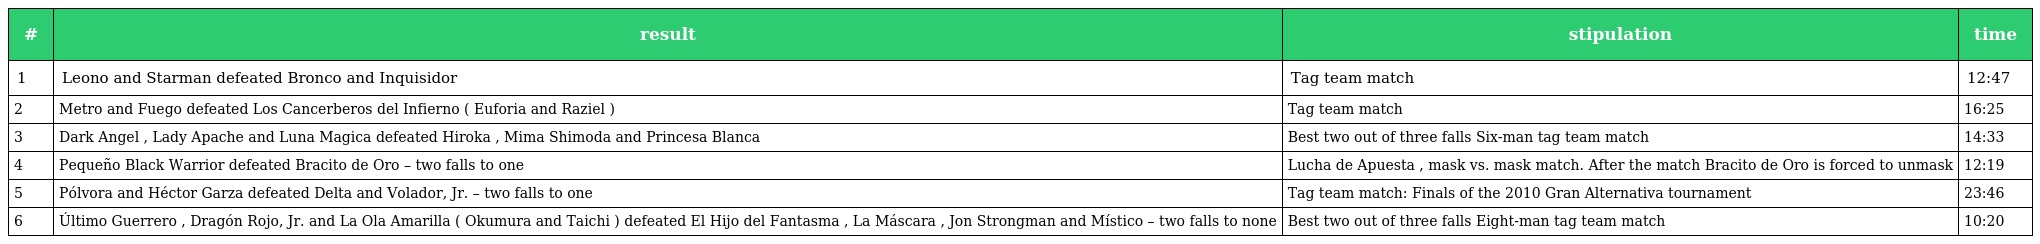
| # | result | stipulation | time |
 | --- | --- | --- | --- |
 | 1 | Leono and Starman defeated Bronco and Inquisidor | Tag team match | 12:47 |
 | 2 | Metro and Fuego defeated Los Cancerberos del Infierno ( Euforia and Raziel ) | Tag team match | 16:25 |
 | 3 | Dark Angel , Lady Apache and Luna Magica defeated Hiroka , Mima Shimoda and Princesa Blanca | Best two out of three falls Six-man tag team match | 14:33 |
 | 4 | Pequeño Black Warrior defeated Bracito de Oro – two falls to one | Lucha de Apuesta , mask vs. mask match. After the match Bracito de Oro is forced to unmask | 12:19 |
 | 5 | Pólvora and Héctor Garza defeated Delta and Volador, Jr. – two falls to one | Tag team match: Finals of the 2010 Gran Alternativa tournament | 23:46 |
 | 6 | Último Guerrero , Dragón Rojo, Jr. and La Ola Amarilla ( Okumura and Taichi ) defeated El Hijo del Fantasma , La Máscara , Jon Strongman and Místico – two falls to none | Best two out of three falls Eight-man tag team match | 10:20 |